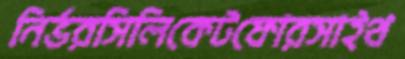
নির্ভরসিলিকেটফোরসাইথ